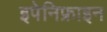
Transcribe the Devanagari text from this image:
इपेनिफ्राइन